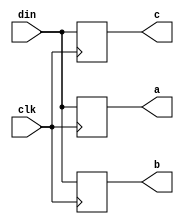
module block_assign_des(din, clk, a, b, c);

input din;
input clk;

output reg a;
output reg b;
output reg c;

always @(posedge clk)
begin
	a = din;
        b = a;
        c = b;

end
endmodule

module block_assign_tes;

reg din;
reg clk;

wire a;
wire b;
wire c;

block_assign_des uut(.din(din),
        .clk(clk),
        .a(a),
        .b(b),
        .c(c));

initial
begin
        $dumpfile("block_wave_1.vcd");
        $dumpvars(0,block_assign_tes);
        din = 1'b1;
        clk = 1'b0;
end

always #2 clk = clk + 1'b1;

endmodule